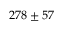
2 7 8 \pm 5 7